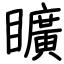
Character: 矌